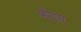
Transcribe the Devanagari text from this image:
सैषा